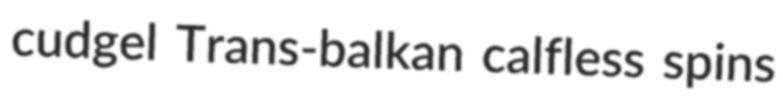
cudgel Trans-balkan calfless spins